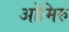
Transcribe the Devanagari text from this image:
ओमिरु